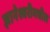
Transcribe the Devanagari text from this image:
ज्ञानेश्वरीमधील